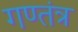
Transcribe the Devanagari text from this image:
गण्तंत्र